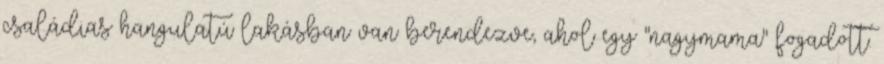
családias hangulatú lakásban van berendezve, ahol egy "nagymama" fogadott.